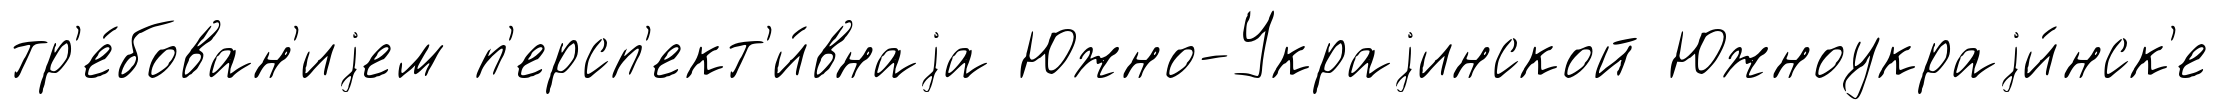
тр'е́бован'иjем п'ерсп'ект'и́внаjа Южно-Украjинской Южноукраjи́нск'е